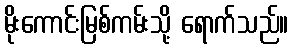
မိုးကောင်းမြစ်ကမ်းသို့ ရောက်သည်။